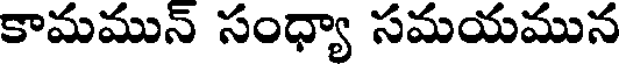
కామమున్ సంధ్యా సమయమున